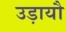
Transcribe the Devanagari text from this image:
उड़ायौ